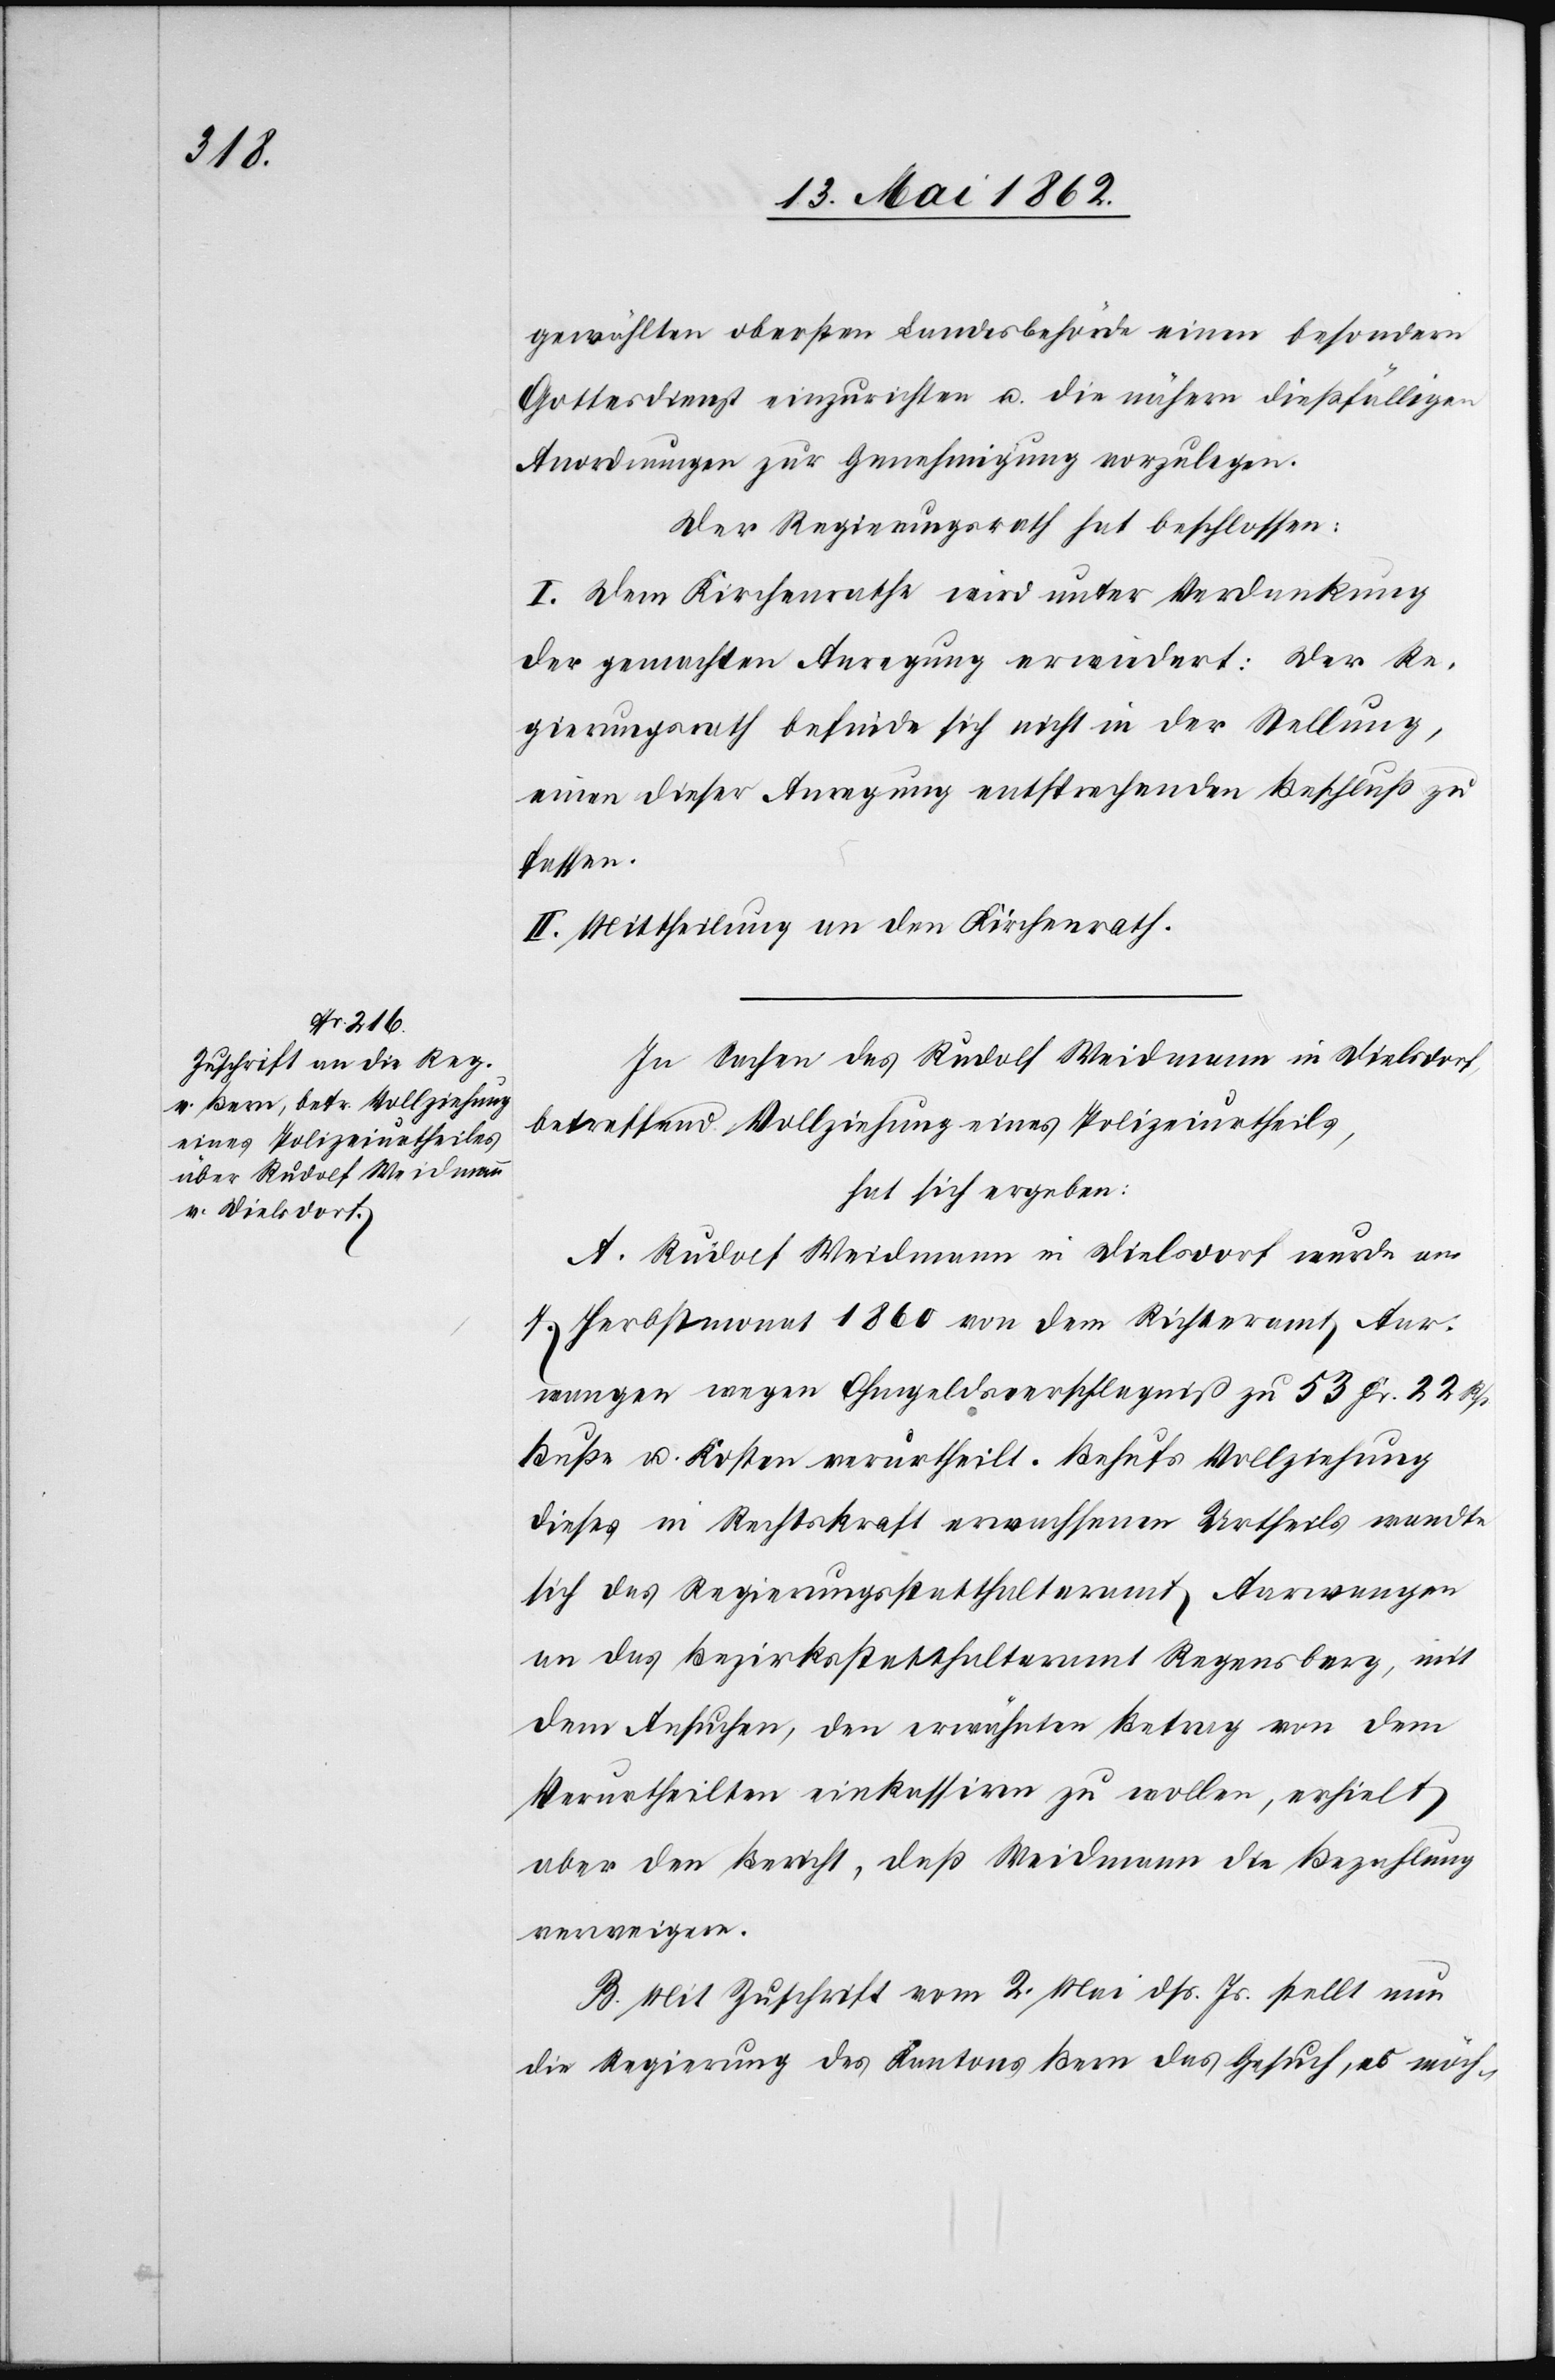
gewählten obersten Bundesbehörde einen besondern
Gottesdienst einzurichten u. die nähern dießfälligen
Anordnungen zur Genehmigung vorzulegen.
Der Regierungsrath hat beschlossen:
I. Dem Kirchenrathe wird unter Verdankung
der gemachten Anregung erwiedert: Der Re¬
gierungsrath befinde sich nicht in der Stellung,
einen dieser Anregung entsprechenden Beschluß zu
fassen.
II. Mittheilung an den Kirchenrath.
In Sachen des Rudolf Weidmann in Dielsdorf,
betreffend Vollziehung eines Polizeiurtheils,
hat sich ergeben:
A. Rudolf Weidmann in Diesdorf wurde am
7. Herbstmonat 1860 von dem Richteramt Aar¬
wangen wegen Ohmgeldsverschlagniß zu 53 Fr. 22 Rp.
Buße u. Kosten verurtheilt. Behufs Vollziehung
dieses in Rechtskraft erwachsenen Urheils wandte
sich das Regierungsstatthalteramt Aarwangen
an das Bezirksstatthalteramt Regensberg, mit
dem Ansuchen, den erwähnten Betrag von dem
Verurtheilten einkassiren zu wollen, ertheilt
aber den Bericht, daß Weidmann die Bezahlung
verweigere.
B. Mit Zuschrift vom 2. Mai dß. Js. stellt nun
die Regierung des Kantons Bern das Gesuch, es möch-